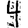
Digit: 4